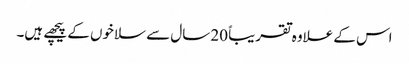
اس کے علاوہ تقریباً 20 سال سے سلاخوں کے پیچھے ہیں۔